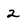
Character: 2